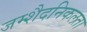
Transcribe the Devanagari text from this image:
जम्‍शैदनिकलता